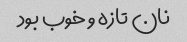
نان تازه و خوب بود